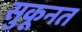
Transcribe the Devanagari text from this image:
सुकूनत